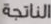
الناتجة